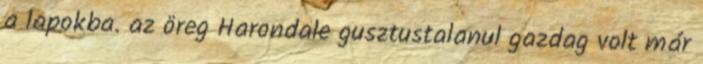
a lapokba. az öreg Harondale gusztustalanul gazdag volt már